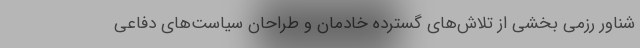
شناور رزمی بخشی از تلاش‌های گسترده خادمان و طراحان سیاست‌های دفاعی